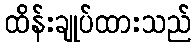
ထိန်းချုပ်ထားသည်